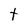
Character: t